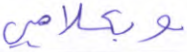
وبكلامي